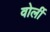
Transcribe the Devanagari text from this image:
वोर्ली